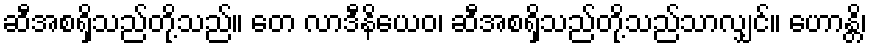
ဆီအစရှိသည်တို့သည်။ တေ လာဒီနိယေဝ၊ ဆီအစရှိသည်တို့သည်သာလျှင်။ ဟောန္တိ၊